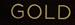
gold